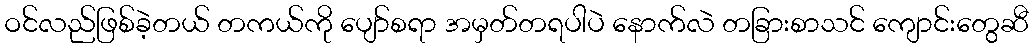
ဝင်လည်ဖြစ်ခဲ့တယ် တကယ်ကို ပျော်စရာ အမှတ်တရပါပဲ နောက်လဲ တခြားစာသင် ကျောင်းတွေဆီ